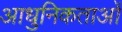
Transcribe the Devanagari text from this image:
आधुनिकताओं